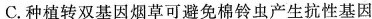
C.种植转双基因烟草可避免棉铃虫产生抗性基因